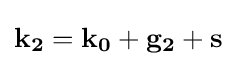
\mathbf {k_{2}} =\mathbf {k_{0}} +\mathbf {g_{2}} +\mathbf {s}